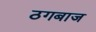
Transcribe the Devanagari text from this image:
ठगबाज